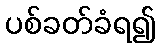
ပစ်ခတ်ခံရ၍